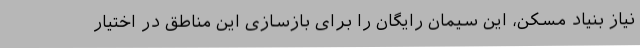
نیاز بنیاد مسکن، این سیمان رایگان را برای بازسازی این مناطق در اختیار